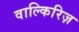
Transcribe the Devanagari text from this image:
वाल्किरिज़